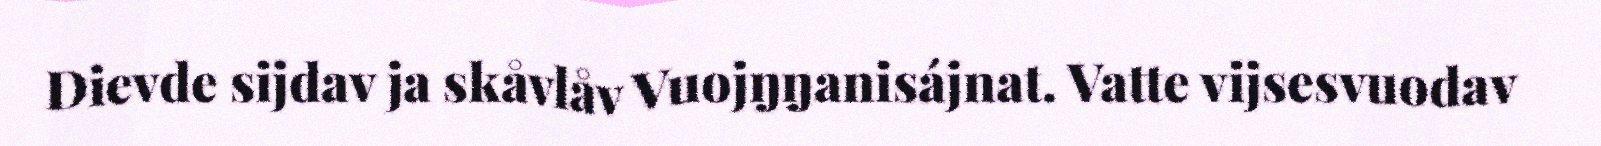
Dievde sijdav ja skåvlåv Vuojŋŋanisájnat. Vatte vijsesvuodav